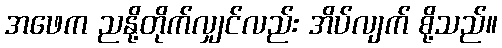
အဖေက ညနို့တိုက်လျှင်လည်း အိပ်လျက် စို့သည်။